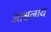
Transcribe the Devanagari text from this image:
आश्वलाय